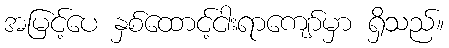
အမြင့်ပေ နှစ်ထောင့်ငါးရာကျော်မှာ ရှိသည်။